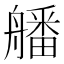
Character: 𦪖